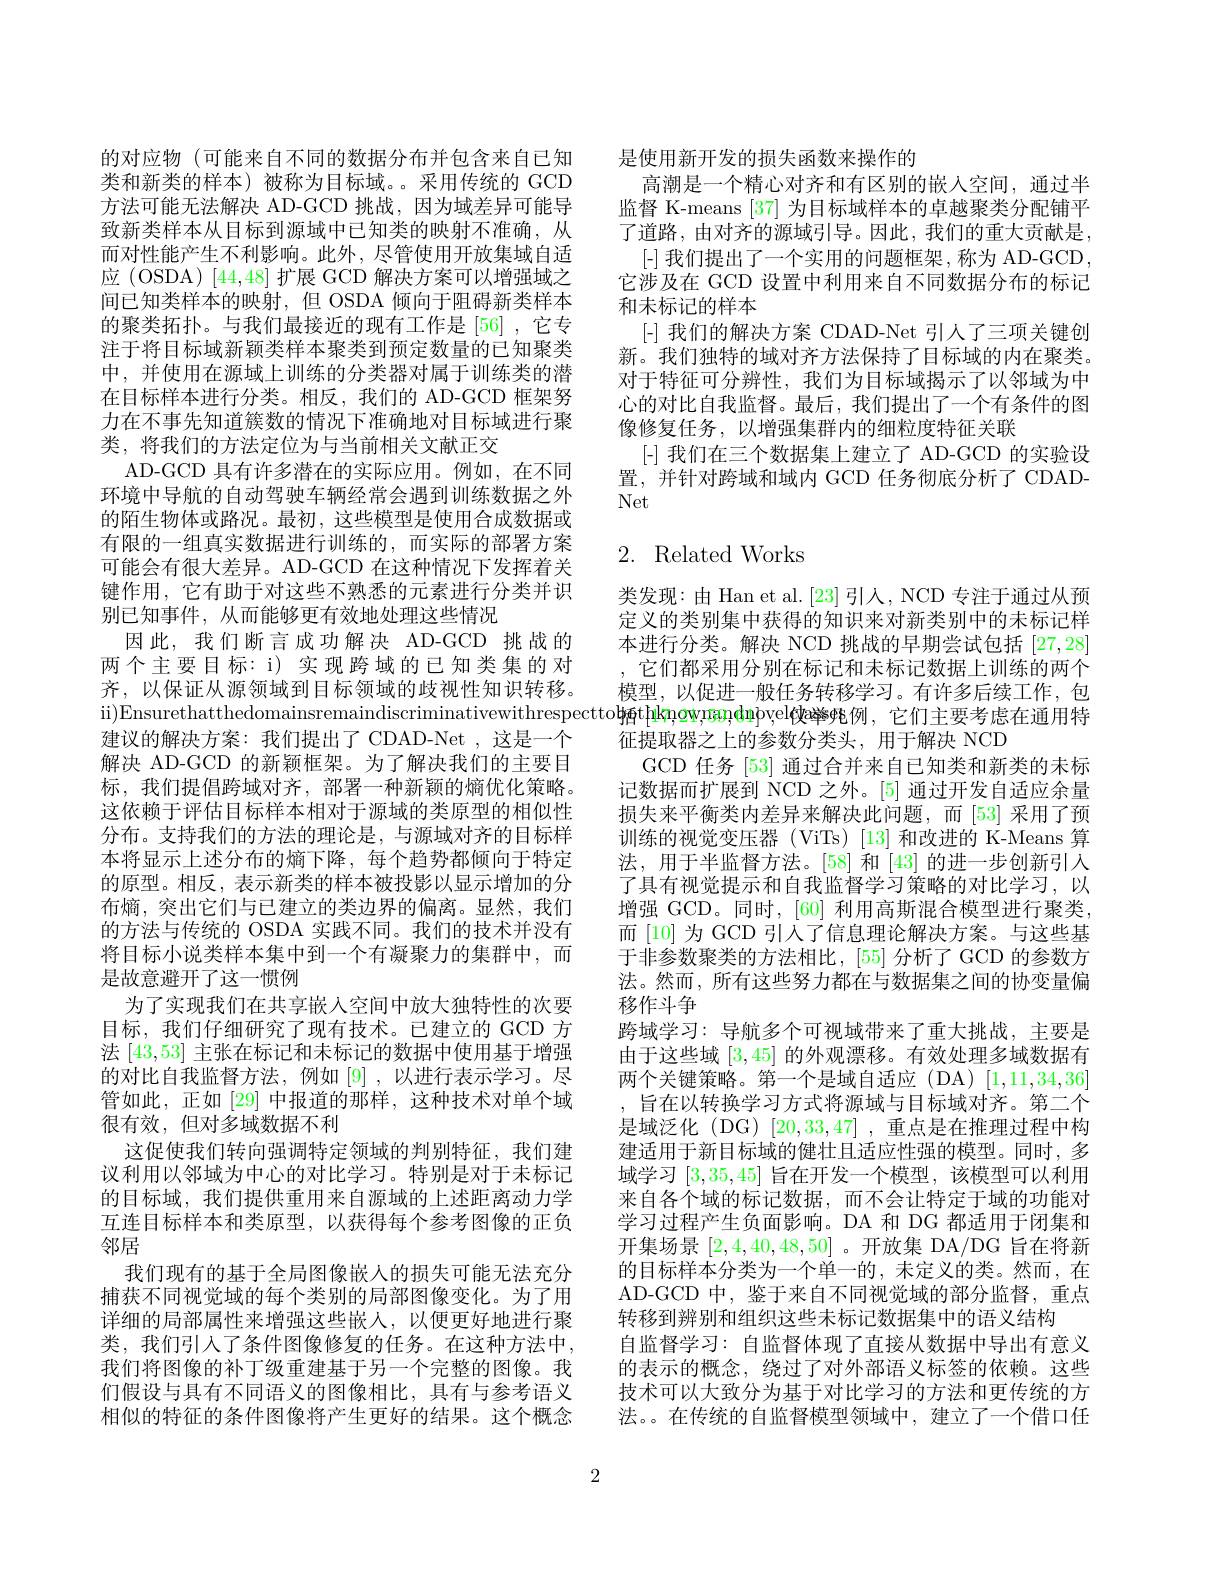
的对应物 (可能来自不同的数据分布并包含来自已知类和新类的样本)被称为目标域。。采用传统的 GCD 方法可能无法解决 AD-GCD 挑战，因为域差异可能导致新类样本从目标到源域中已知类的映射不准确，从而对性能产生不利影响。此外，尽管使用开放集域自适应 (OSDA) [44,48] 扩展 GCD 解决方案可以增强域之间已知类样本的映射，但 OSDA 倾向于阻碍新类样本的聚类拓扑。与我们最接近的现有工作是[56] ,它专注于将目标域新颖类样本聚类到预定数量的已知聚类中，并使用在源域上训练的分类器对属于训练类的潜在目标样本进行分类。相反，我们的 AD-GCD 框架努力在不事先知道簇数的情况下准确地对目标域进行聚类，将我们的方法定位为与当前相关文献正交
AD-GCD 具有许多潜在的实际应用。例如，在不同环境中导航的自动驾驶车辆经常会遇到训练数据之外的陌生物体或路况。最初，这些模型是使用合成数据或有限的一组真实数据进行训练的，而实际的部署方案可能会有很大差异。AD-GCD 在这种情况下发挥着关键作用，它有助于对这些不熟悉的元素进行分类并识别已知事件，从而能够更有效地处理这些情况
因此，我们断言成功解决 AD-GCD 挑战的两个主要目标：i)实现跨域的已知类集的对齐，以保证从源领域到目标领域的歧视性知识转移。ii)Ensurethatthedomainsremaindiscriminativewithrespecttoł釉t[hkn,ow;nandn]vel俠皡铫例，它们主要考虑在通用特
建议的解决方案：我们提出了 CDAD-Net ,这是一个解决 AD-GCD 的新颖框架。为了解决我们的主要目标，我们提倡跨域对齐，部署一种新颖的熵优化策略。这依赖于评估目标样本相对于源域的类原型的相似性分布。支持我们的方法的理论是，与源域对齐的目标样本将显示上述分布的熵下降，每个趋势都倾向于特定的原型。相反，表示新类的样本被投影以显示增加的分布熵，突出它们与已建立的类边界的偏离。显然，我们的方法与传统的 OSDA 实践不同。我们的技术并没有将目标小说类样本集中到一个有凝聚力的集群中，而是故意避开了这一惯例
为了实现我们在共享嵌人空间中放大独特性的次要目标，我们仔细研究了现有技术。已建立的 GCD 方法[43,53]主张在标记和未标记的数据中使用基于增强的对比自我监督方法，例如[9],以进行表示学习。尽管如此，正如[29] 中报道的那样，这种技术对单个域很有效，但对多域数据不利
这促使我们转向强调特定领域的判别特征，我们建议利用以邻域为中心的对比学习。特别是对于未标记的目标域，我们提供重用来自源域的上述距离动力学互连目标样本和类原型，以获得每个参考图像的正负邻居
我们现有的基于全局图像嵌人的损失可能无法充分捕获不同视觉域的每个类别的局部图像变化。为了用详细的局部属性来增强这些嵌人，以便更好地进行聚类，我们引入了条件图像修复的任务。在这种方法中， 我们将图像的补丁级重建基于另一个完整的图像。我们假设与具有不同语义的图像相比，具有与参考语义相似的特征的条件图像将产生更好的结果。这个概念

是使用新开发的损失函数来操作的
高潮是一个精心对齐和有区别的嵌入空间，通过半监督 K-means [37] 为目标域样本的卓越聚类分配铺平了道路，由对齐的源域引导。因此，我们的重大贡献是，
[-]我们提出了一个实用的问题框架，称为 AD-GCD, 它涉及在 GCD 设置中利用来自不同数据分布的标记和未标记的样本
[-] 我们的解决方案 CDAD-Net 引人了三项关键创新。我们独特的域对齐方法保持了目标域的内在聚类。对于特征可分辨性，我们为目标域揭示了以邻域为中心的对比自我监督。最后，我们提出了一个有条件的图像修复任务，以增强集群内的细粒度特征关联
[-] 我们在三个数据集上建立了 AD-GCD 的实验设置，并针对跨域和域内 GCD 任务彻底分析了 CDADNet

# 2. Related Works

类发现：由 Han et al.[23] 引人，NCD 专注于通过从预定义的类别集中获得的知识来对新类别中的未标记样本进行分类。解决 NCD 挑战的早期尝试包括[27,28] ,它们都采用分别在标记和未标记数据上训练的两个模型，以促进一般任务转移学习。有许多后续工作，包征提取器之上的参数分类头，用于解决 NCD
GCD 任务[53]通过合并来自已知类和新类的未标记数据而扩展到 NCD 之外。[5] 通过开发自适应余量损失来平衡类内差异来解决此问题，而[53]采用了预训练的视觉变压器 (ViTs) [13] 和改进的 K-Means 算法，用于半监督方法。[58]和 [43] 的进一步创新引入了具有视觉提示和自我监督学习策略的对比学习，以增强 GCD。同时，[60]利用高斯混合模型进行聚类， 而[10] 为 GCD 引人了信息理论解决方案。与这些基于非参数聚类的方法相比，[55] 分析了 GCD 的参数方法。然而，所有这些努力都在与数据集之间的协变量偏移作斗争
跨域学习：导航多个可视域带来了重大挑战，主要是由于这些域[3,45]的外观漂移。有效处理多域数据有两个关键策略。第一个是域自适应(DA)[1,11,34,36] , 旨在以转换学习方式将源域与目标域对齐。第二个是域泛化 (DG) [20,33,47] ,重点是在推理过程中构建适用于新目标域的健壮且适应性强的模型。同时，多域学习[3,35,45]旨在开发一个模型，该模型可以利用来自各个域的标记数据，而不会让特定于域的功能对学习过程产生负面影响。DA 和 DG 都适用于闭集和开集场景[2,4,40,48,50] 。开放集 DA/DG 旨在将新的目标样本分类为一个单一的，未定义的类。然而，在AD-GCD 中，鉴于来自不同视觉域的部分监督，重点转移到辨别和组织这些未标记数据集中的语义结构
自监督学习：自监督体现了直接从数据中导出有意义的表示的概念，绕过了对外部语义标签的依赖。这些技术可以大致分为基于对比学习的方法和更传统的方法。。在传统的自监督模型领域中，建立了一个借口任

2